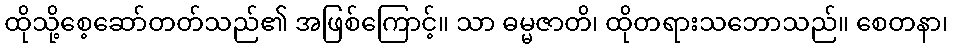
ထိုသို့စေ့ဆော်တတ်သည်၏ အဖြစ်ကြောင့်။ သာ ဓမ္မဇာတိ၊ ထိုတရားသဘောသည်။ စေတနာ၊